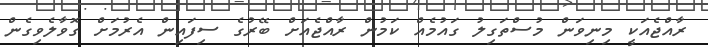
ރާއްޖެއަކީ މިނިވަން މުސްތަގިލު ގައުމެއް ކަމުން ރާއްޖެއަށް ބޭރުގެ ސިފައިން އެރުމަށް ގޮވާލެވިގެން